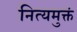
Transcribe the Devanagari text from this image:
नित्यमुक्तं